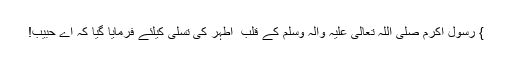
} رسولِ اکرم صَلَّی اللہُ تَعَالٰی عَلَیْہِ وَاٰلِہٖ وَسَلَّمَ کے قلب ِ اطہر کی تسلی کیلئے فرمایا گیا کہ اے حبیب!